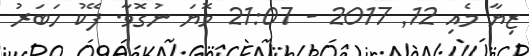
ޒިޔާ މެއި 12